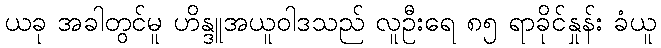
ယခု အခါတွင်မူ ဟိန္ဒူအယူဝါဒသည် လူဦးရေ ၈၅ ရာခိုင်နှုန်း ခံယူ